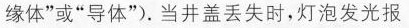
缘体”或”导体”）。当井盖丢失时，灯泡发光报